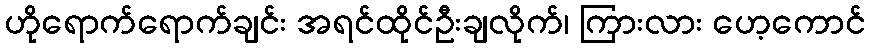
ဟိုရောက်ရောက်ချင်း အရင်ထိုင်ဦးချလိုက်၊ ကြားလား ဟေ့ကောင်